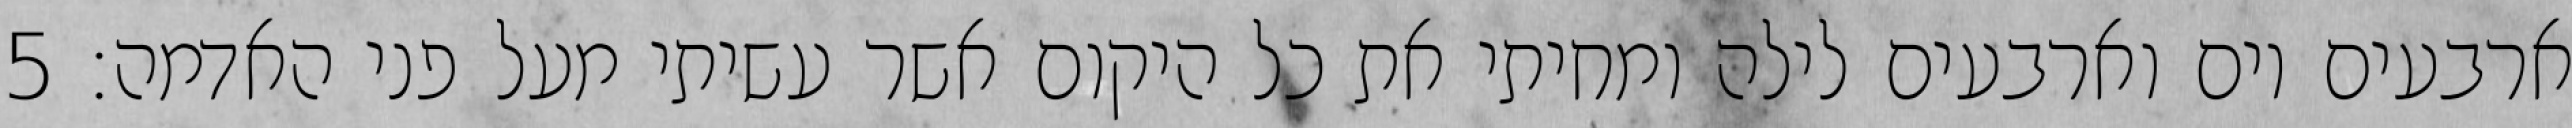
ארבעים יום וארבעים לילה ומחיתי את כל היקום אשר עשיתי מעל פני האדמה׃ ‎5‏